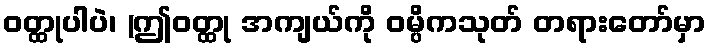
ဝတ္ထုပါပဲ၊ (ဤဝတ္ထု အကျယ်ကို ဝမ္ပိကသုတ် တရားတော်မှာ